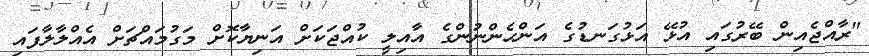
"ރާއްޖެއިން ބޭރުގައި އުޅޭ އަޅުގަނޑުގެ އަންހެންނުންގެ އާއިލީ ކުއްޖަކަށް އަނިޔާކޮށް މަގުމައްޗަށް އެއްލާލާފައި